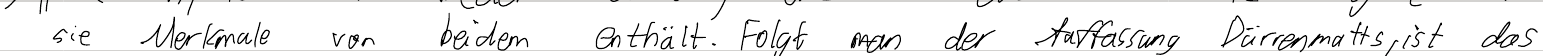
sie Merkmale von beiden enthält. Folgt man der Auffassung Dürrenmatts, ist das